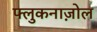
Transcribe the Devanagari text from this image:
फ्लुकनाज़ोल